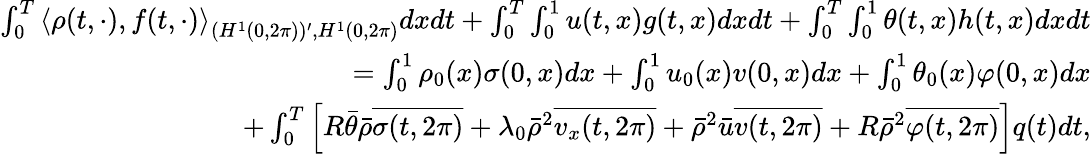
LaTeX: \begin{array}{r}{\int_{0}^{T}\left\langle\rho(t,\cdot),f(t,\cdot)\right\rangle_{(H^{1}(0,2\pi))^{\prime},H^{1}(0,2\pi)}dxdt+\int_{0}^{T}\int_{0}^{1}u(t,x)g(t,x)dxdt+\int_{0}^{T}\int_{0}^{1}\theta(t,x)h(t,x)dxdt}\\ {=\int_{0}^{1}\rho_{0}(x)\sigma(0,x)dx+\int_{0}^{1}u_{0}(x)v(0,x)dx+\int_{0}^{1}\theta_{0}(x)\varphi(0,x)dx}\\ {+\int_{0}^{T}\left[R\bar{\theta}\bar{\rho}\overline{{\sigma(t,2\pi)}}+\lambda_{0}\bar{\rho}^{2}\overline{{v_{x}(t,2\pi)}}+\bar{\rho}^{2}\bar{u}\overline{{v(t,2\pi)}}+R\bar{\rho}^{2}\overline{{\varphi(t,2\pi)}}\right]q(t)dt,}\end{array}